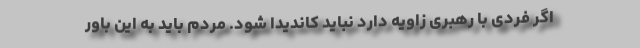
اگر فردی با رهبری زاویه دارد نباید کاندیدا شود. مردم باید به این باور